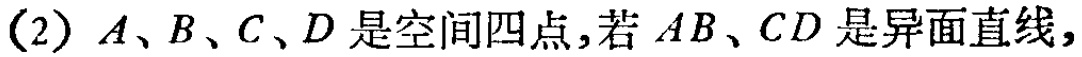
(2) \(A、B、C、D\)是空间四点,若 \(AB、CD\)是异面直线,